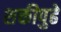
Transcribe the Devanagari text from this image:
शक्तीपुढे